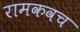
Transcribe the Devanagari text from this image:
रामकवच